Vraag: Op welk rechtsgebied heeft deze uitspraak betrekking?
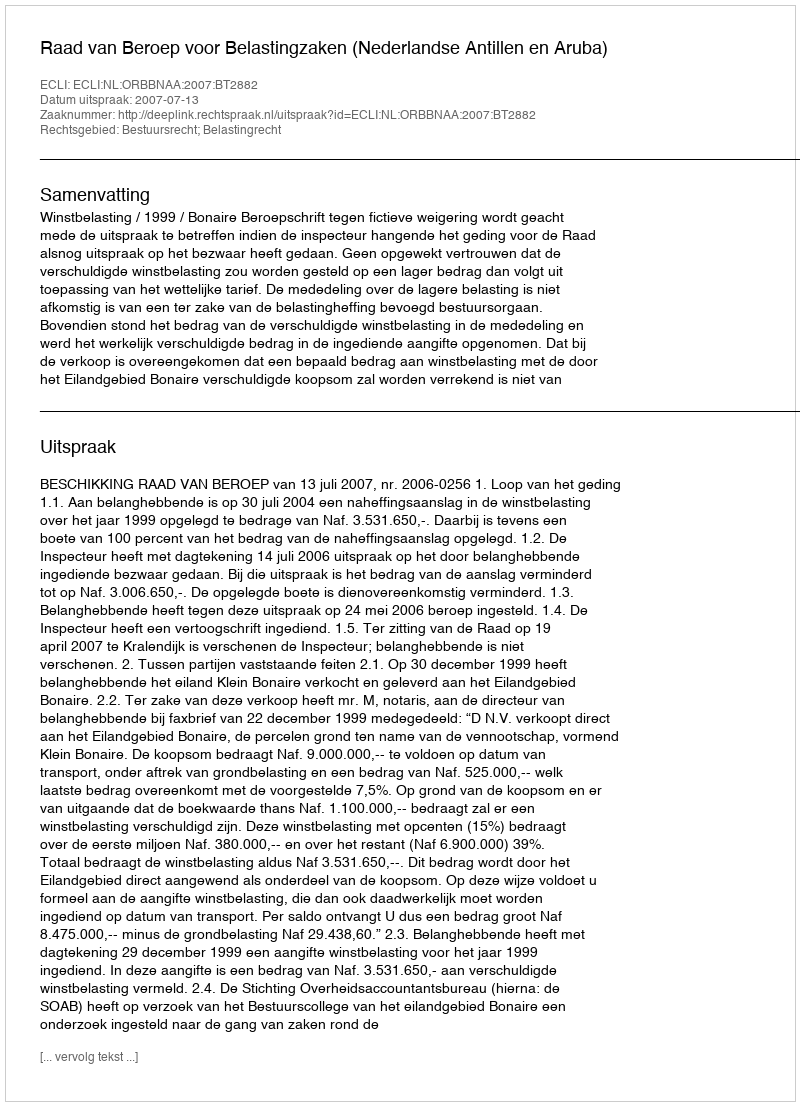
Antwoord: Bestuursrecht; Belastingrecht